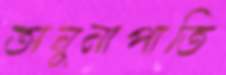
অনুনাপাতি